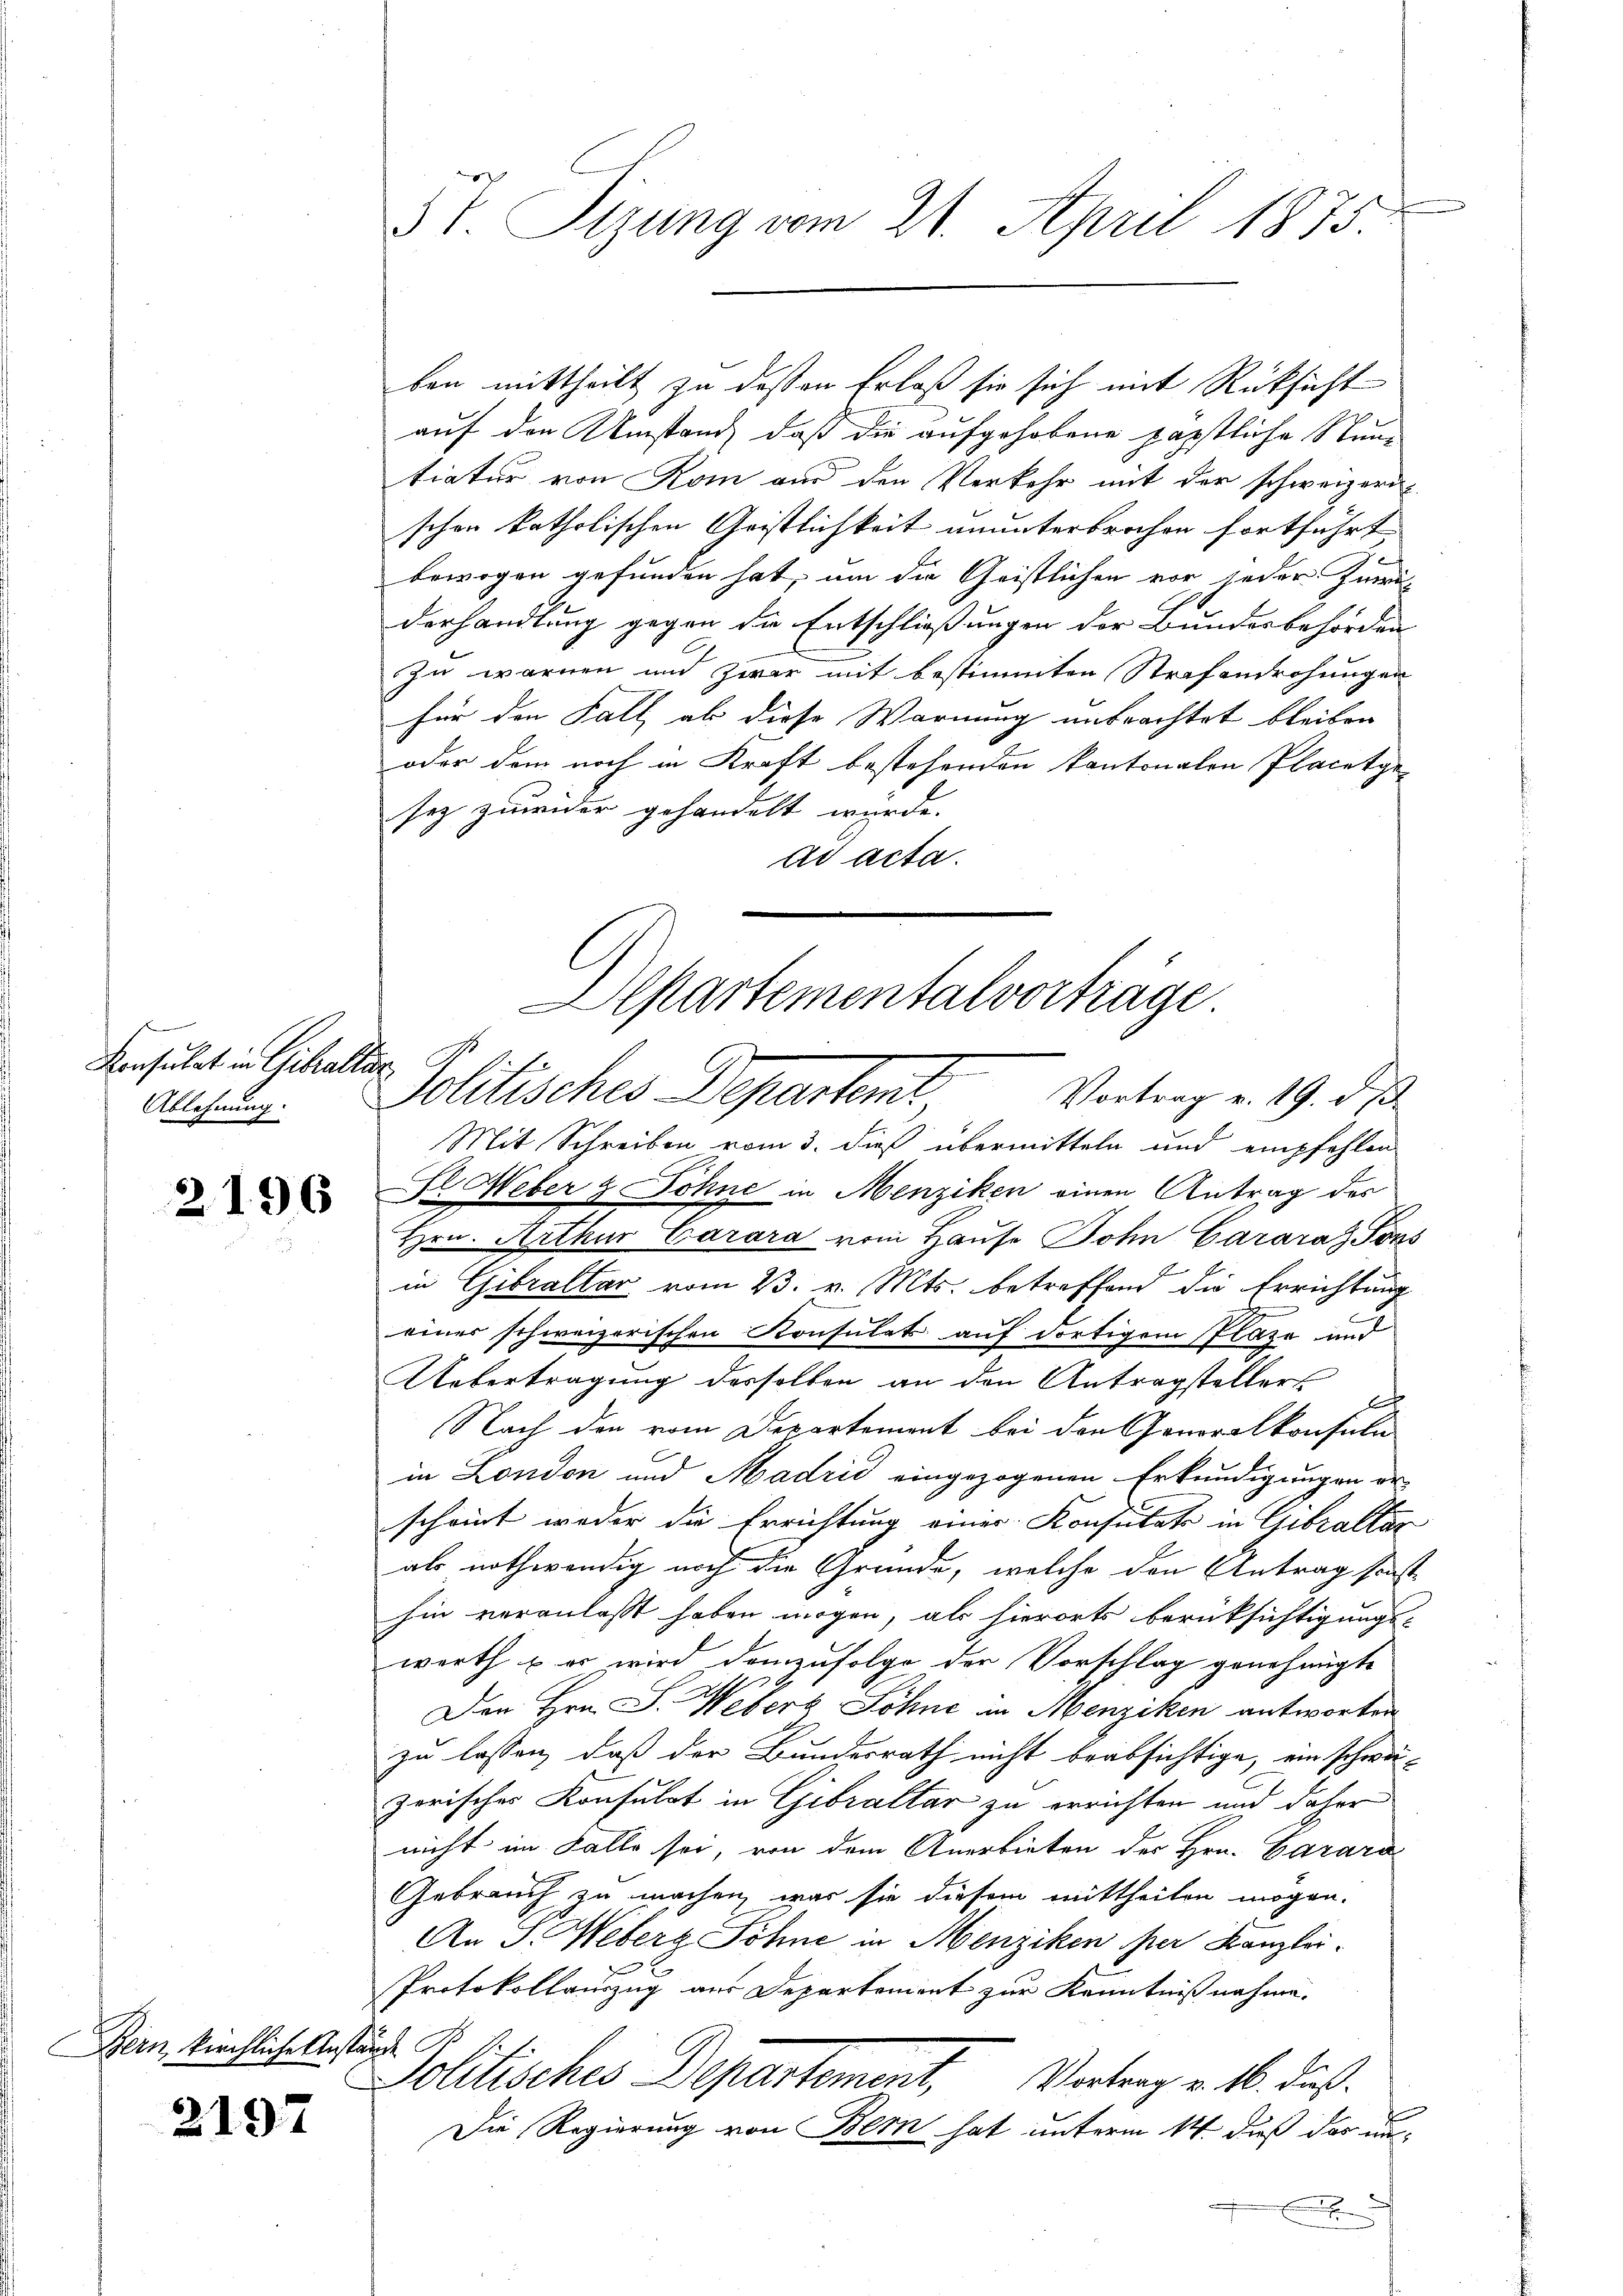
d
Konsulat in Gebraltar,
Ablehnung.

2196

Bern, kirchliche Anstände B

2197

ben mittheilt zu deßen Erlaß sie sich mit Rücksicht
auf den Umstand, daß die aufgehobene päpstliche Stuntiatur von Rom aus den Verkehr mit der schweizern
schen katholischen Geistlichkeit ununterbrochen fortführt.
bewogen gefunden hat, um die Geistlichen vor jeder Zwei
derhandlung gegen die Entschließungen der Bundesbehörden
zu warmen und zwar mit bestimmten Strafandrohungen
für den Fall als diese Warnung unbrachtet bleiben.
oder dem noch in Kraft bestehenden kantonalen Placetgesez zuwider gehandelt wurde.
ad acta.
Mit Schreiben vom 3. dieß übermitteln und empfehlen
Fl Weber & Söhne in Menziken einen Antrag des
Hrn. Arthur Carara vom Hause Sohn Garara Sons
in Gebraltar vom 23. v. Mts. betreffend die Errichtung
einer schweizerischen Konsulats auf dortigem Plaze und
Uebertragung derselben an den Antragstellers
Nach den vom Departement bei den Gonoralkonsula
in London und Madrić eingezogenen Erkundigungen er
scheint weder die Errichtung einer Konsulats in Gebraltar
als nothwendig noch die Gründe, welche den Antrag sonst
hin veranlaßt haben mögen, als hierorts berüksichtigungs-
werth u. er wird demzufolge der Vorschlag genehmigte
Den Hrn. J. Weber Söhne in Menziken antworten
zu lassen, daß der Bundesrath nicht beabsichtige, ein schwä-
zerisches Konsulat in Gebraltar zu errichten und daher
nicht im Falle sei, von dem Anerbieten der Hrn. Carara
Gebrauch zu machen, was sie diesem mittheilen mögen.
An J. Weberz Sohne in Menziken per Kanzlei.
Protokollauszug aus Departemont zur Kenntnißnahme.
Solitisches Departement, Vortrag v. 16. ds.
Die Regierung von Bern hat unterm 14. daß das un¬
E

5 t. Sizung vom 21. April 1875.

Aepartementalvortrage
Politisches Departent
Vortrag v. 19. d. M.